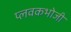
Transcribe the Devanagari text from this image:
प्लवकभोजी